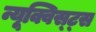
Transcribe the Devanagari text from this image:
न्यूक्विस्ट्स